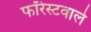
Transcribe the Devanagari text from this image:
फॉरेस्टवाले